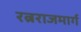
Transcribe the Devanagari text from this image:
रत्नराजमार्ग